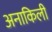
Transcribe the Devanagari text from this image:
अनाकिली